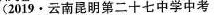
2019 \bullet 云南昆明第二十七中学中考